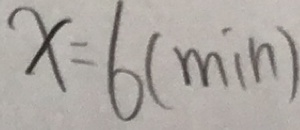
x = 6 ( \min )